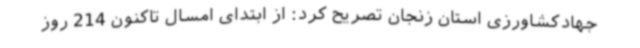
جهادکشاورزی استان زنجان تصریح کرد: از ابتدای امسال تاکنون 214 روز